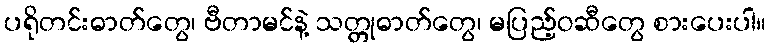
ပရိုတင်းဓာတ်တွေ၊ ဗီတာမင်နဲ့ သတ္တုဓာတ်တွေ၊ မပြည့်ဝဆီတွေ စားပေးပါ။